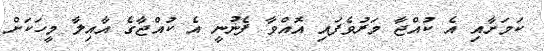
ކަމަށާއި އެ ކުއްޖާ މަރުވެފައި އޮއްވާ ފެނުނީ އެ ކުއްޖާގެ އާއިލާ މީހަކަށް